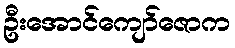
ဦးအောင်ကျော်ဇောက